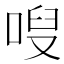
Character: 㖬